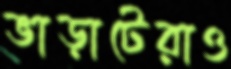
ভাড়াটেরাও